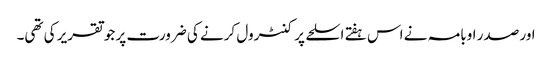
اور صدر اوبامہ نے اس ہفتے اسلحے پر کنٹرول کرنے کی ضرورت پر جو تقریر کی تھی۔